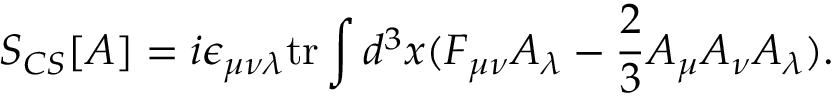
S _ { C S } [ A ] = i \epsilon _ { \mu \nu \lambda } \mathrm { t r } \int d ^ { 3 } x ( F _ { \mu \nu } A _ { \lambda } - \frac { 2 } { 3 } A _ { \mu } A _ { \nu } A _ { \lambda } ) .